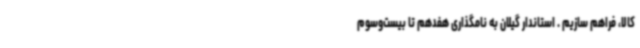
کالا، فراهم سازیم . استاندار گیلان به نامگذاری هفدهم تا بیست‌وسوم